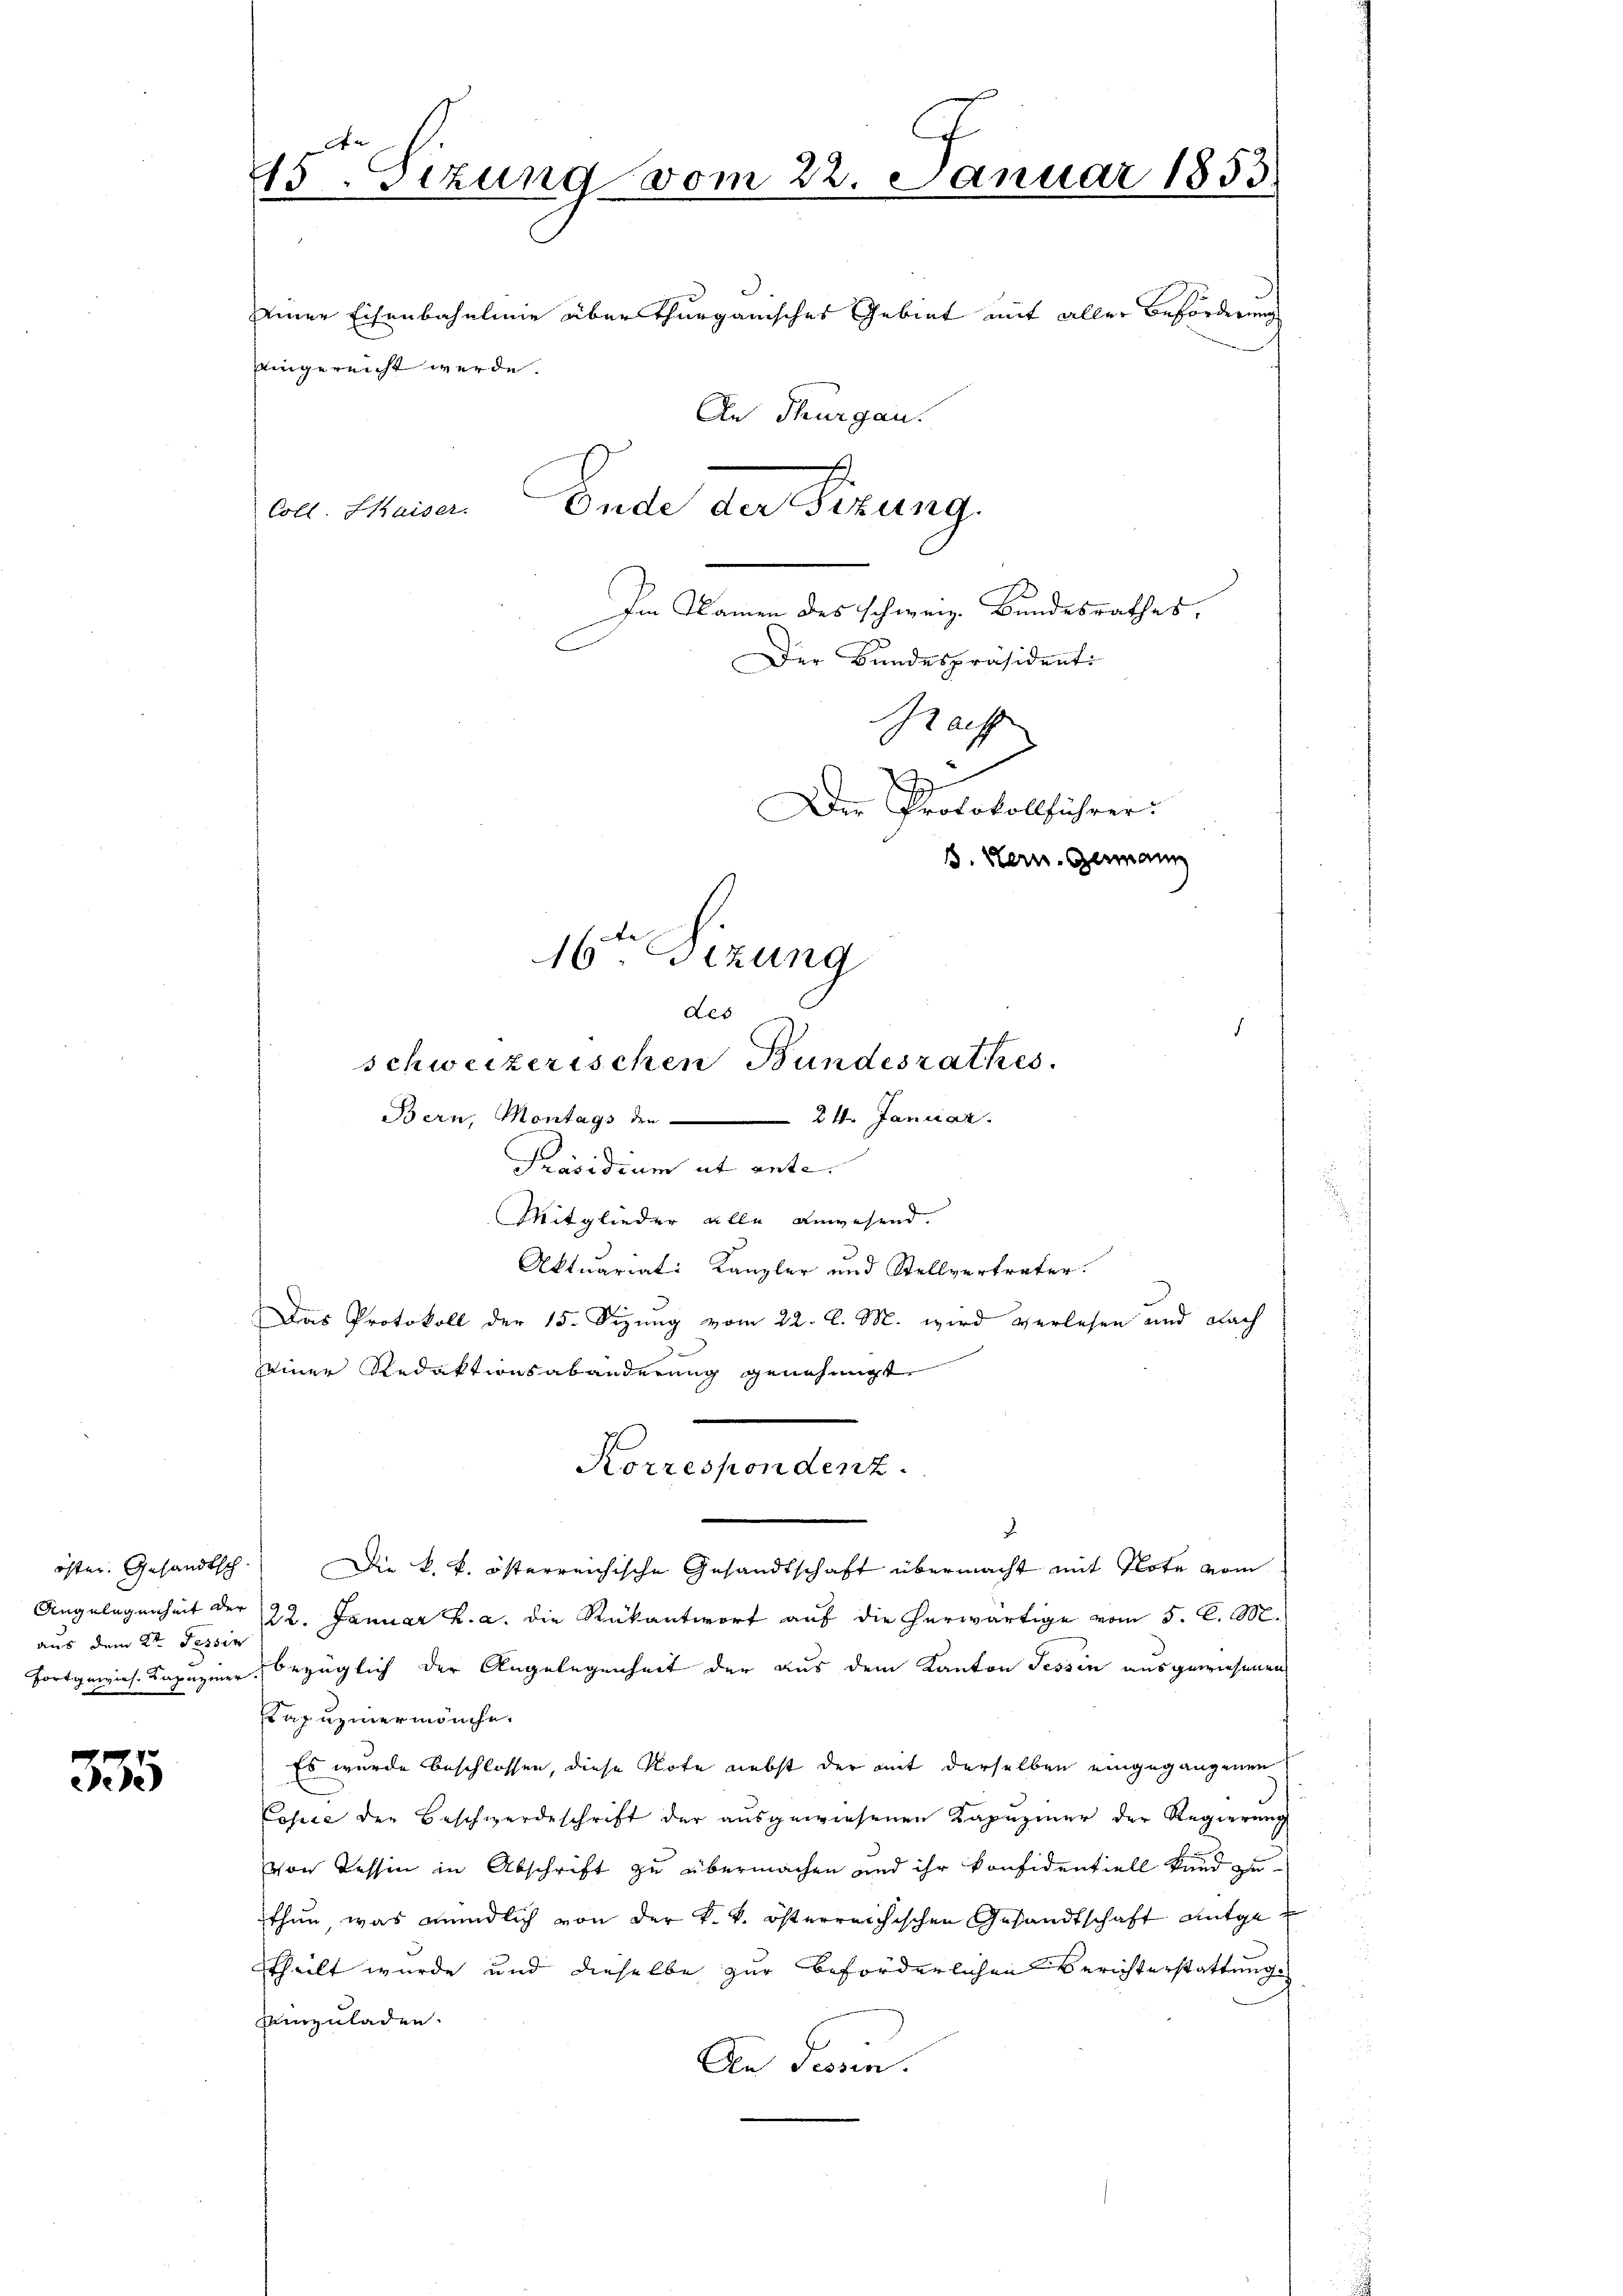
öfter. Gesandtsch
aus dem 2ten Tessin

335

An
15. Sizung vom 22. Januar 1853
einer Eisenbahnlinie über thurgauisches Gebiet mit aller Beförderungs
An Thurgau.
C
Coll. Maiser Ende der Fizung.
Im Namen des schweiz. Bundesrathes,
Der Bundespräsidenti
Saff
d
Der Protokollführer.
. Kern, Germann
16ten Sizung

eingereicht werde.

schweizerischen Bundesrathes.
Bern, Montags den 24. Januar.
Präsidium ut ante.
Mitglieder alle anwesend.
Aktuariat: Kanzler und Stellvertreter.
Das Protokoll der 15. Sizung vom 22. l. M. wird verlesen und nach
seiner Redaktionsabänderung genehmigt
Die k. k. österreichische Gesandtschaft übermacht mit Note vom
Angelegenheit der 22. Januar h. a. die Rückantwort auf die herwärtige vom 5. C. M.
Fortgewies. Kapuziner bezüglich der Angelegenheit der aus dem Kanton Tessin ausgewiesenen
Kapuziner manche.
Es wurde beschlossen, diese Note nebst der mit derselben eingegangenen
Cosse der Beschwerdeschrift der ausgewiesenen Kapuziner der Regierung
von Tessin in Abschrift zu übermachen und ihr konfidentiell kund zu
thun, was mündlich von der k. k. österreichischen Gesandtschaft antgetheilt wurde und dieselbe zur Beförderlichen Berichterstattung
einzuladen.
An Tessin.

des

Korrespondenz
.